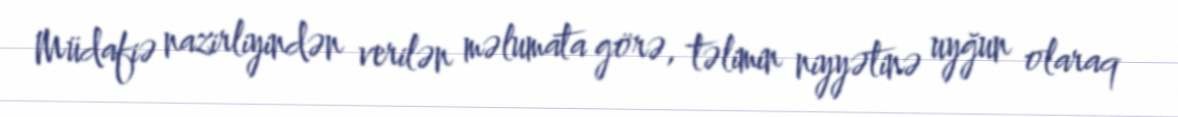
Müdafiə nazirliyindən verilən məlumata görə, təlimin niyyətinə uyğun olaraq